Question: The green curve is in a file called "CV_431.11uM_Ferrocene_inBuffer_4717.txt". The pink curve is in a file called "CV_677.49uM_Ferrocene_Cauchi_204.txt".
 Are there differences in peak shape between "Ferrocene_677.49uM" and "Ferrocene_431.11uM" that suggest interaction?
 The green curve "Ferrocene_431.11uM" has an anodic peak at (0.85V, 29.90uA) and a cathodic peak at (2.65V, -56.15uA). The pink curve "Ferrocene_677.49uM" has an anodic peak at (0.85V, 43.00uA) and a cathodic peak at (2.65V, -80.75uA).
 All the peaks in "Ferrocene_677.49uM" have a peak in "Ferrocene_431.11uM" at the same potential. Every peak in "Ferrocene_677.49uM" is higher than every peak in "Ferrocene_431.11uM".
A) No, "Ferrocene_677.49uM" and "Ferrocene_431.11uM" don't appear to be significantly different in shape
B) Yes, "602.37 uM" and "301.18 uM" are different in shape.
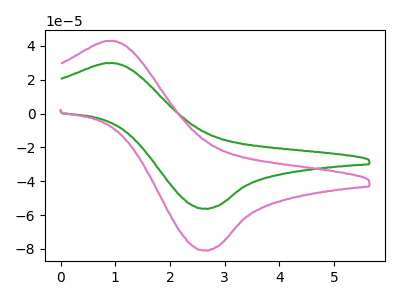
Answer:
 <answer>A) No, "Ferrocene_677.49uM" and "Ferrocene_431.11uM" don't appear to be significantly different in shape</answer>
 <eval>A</eval>